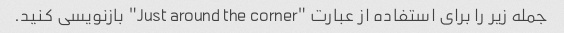
جمله زیر را برای استفاده از عبارت "Just around the corner" بازنویسی کنید.